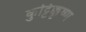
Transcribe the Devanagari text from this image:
कुट्टिक्कृष्ण